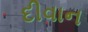
દીવાન